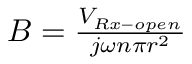
\begin{array} { r } { B = \frac { { { V _ { R x - o p e n } } } } { { j \omega n \pi { r ^ { 2 } } } } } \end{array}